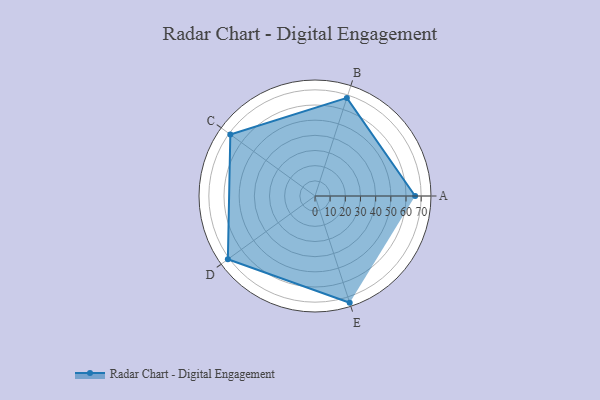
{"axis": {"x": "Skill", "y": "Score"}, "legend": ["Profile"], "data": [{"x": "A", "y": 66.0, "type": "Profile"}, {"x": "B", "y": 68.0, "type": "Profile"}, {"x": "C", "y": 69.0, "type": "Profile"}, {"x": "D", "y": 71.0, "type": "Profile"}, {"x": "E", "y": 74.0, "type": "Profile"}]}